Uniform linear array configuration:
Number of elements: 48
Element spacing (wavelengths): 0.5
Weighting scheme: uniform
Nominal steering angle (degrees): -45
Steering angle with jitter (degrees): -43.021
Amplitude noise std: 0.05
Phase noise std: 0.05

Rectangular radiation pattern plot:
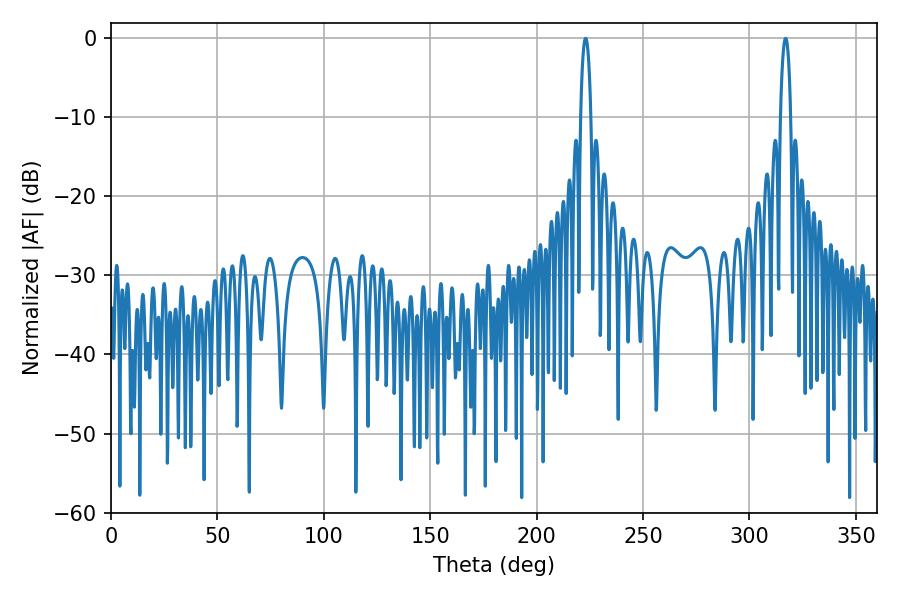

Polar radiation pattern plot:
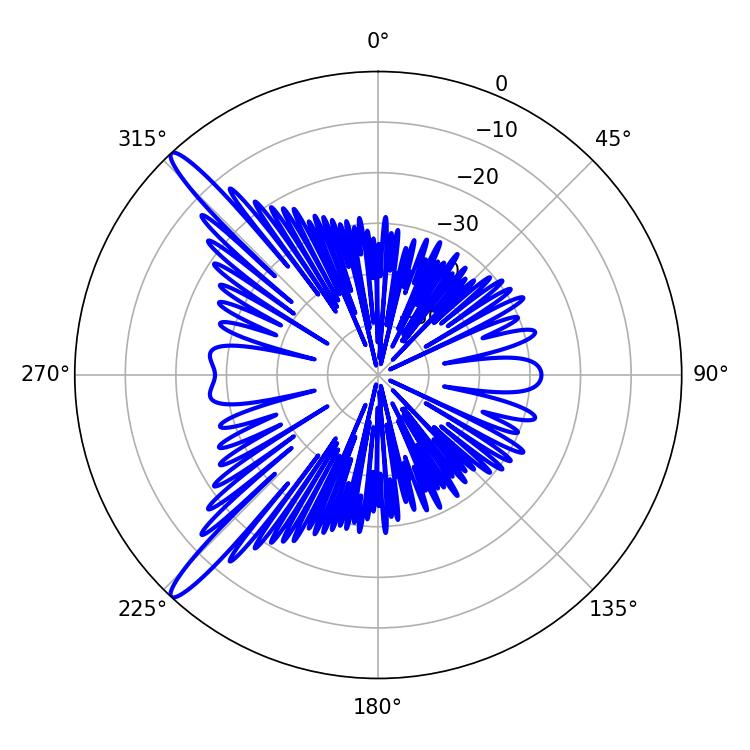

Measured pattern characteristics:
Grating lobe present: FALSE
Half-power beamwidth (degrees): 2.7
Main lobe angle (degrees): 223.02